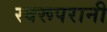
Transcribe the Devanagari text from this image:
स्वरूपरानी